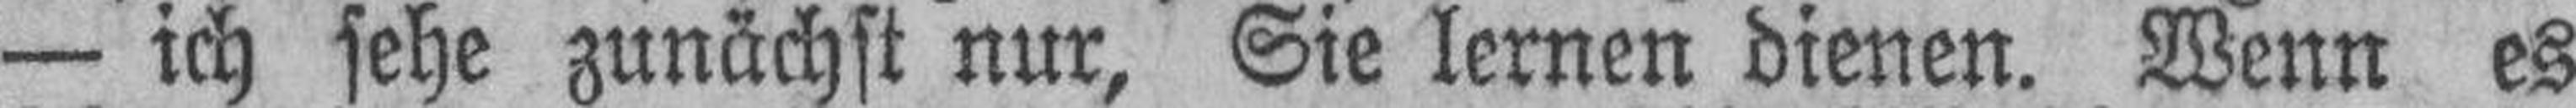
— ich sehe zunächst nur, Sie lernen dienen. Wenn es